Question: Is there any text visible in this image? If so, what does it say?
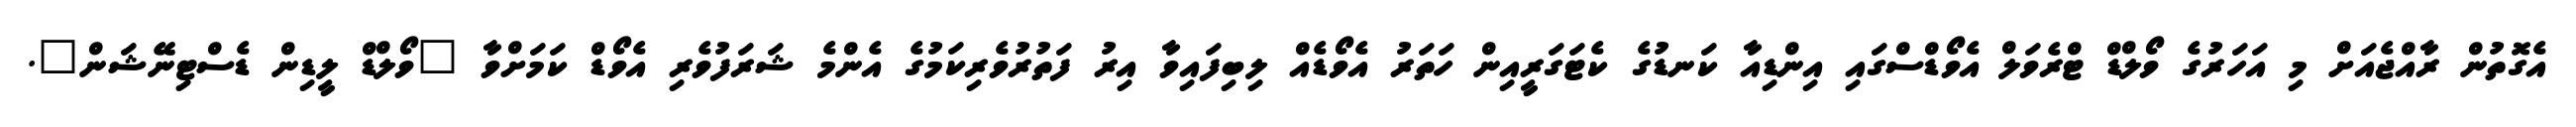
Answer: އެގޮތުން ރާއްޖެއަށް މި އަހަރުގެ ވޯލްޑް ޓްރެވަލް އެވޯޑްސްގައި އިންޑިއާ ކަނޑުގެ ކެޓަގަރީއިން ހަތަރު އެވޯޑެއް ލިބިފައިވާ އިރު ފަތުރުވެރިކަމުގެ އެންމެ ޝަރަފުވެރި އެވޯޑް ކަމަށްވާ "ވޯލްޑް ލީޑިން ޑެސްޓިނޭޝަން".